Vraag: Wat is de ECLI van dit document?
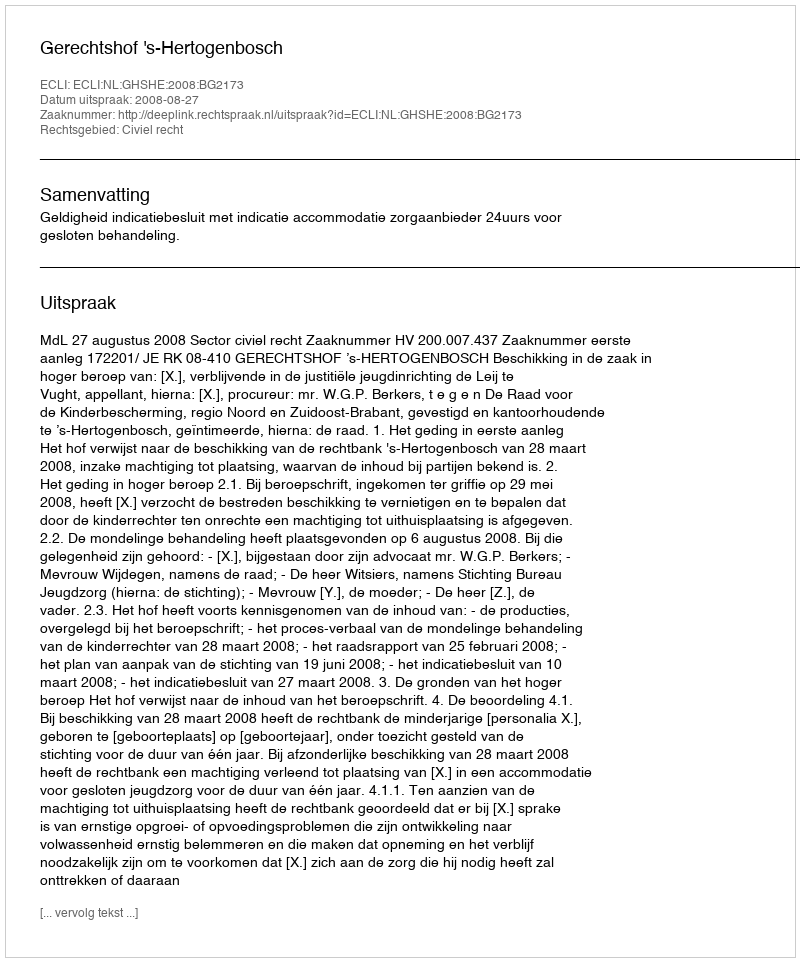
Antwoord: ECLI:NL:GHSHE:2008:BG2173